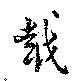
越